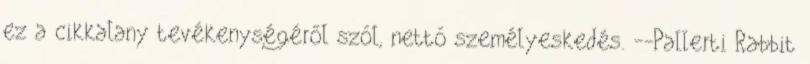
ez a cikkalany tevékenységéről szól, nettó személyeskedés. --Pallerti Rabbit